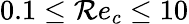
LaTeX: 0.1\leq\mathcal{R}e_{c}\leq10